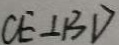
C E \bot B D